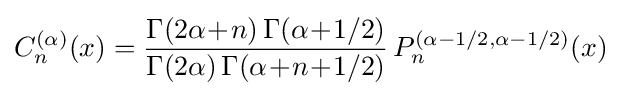
C_{n}^{(\alpha )}(x)={\frac {\Gamma (2\alpha \!+\!n)\,\Gamma (\alpha \!+\!1/2)}{\Gamma (2\alpha )\,\Gamma (\alpha \!+\!n\!+\!1/2)}}\!\ P_{n}^{(\alpha -1/2,\alpha -1/2)}(x)